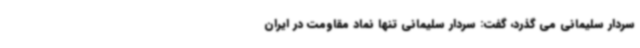
سردار سلیمانی می گذرد، گفت: سردار سلیمانی تنها نماد مقاومت در ایران